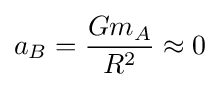
a_{B}={\frac {Gm_{A}}{R^{2}}}\approx 0